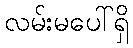
လမ်းမပေါ်ရှိ